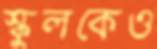
স্কুলকেও